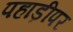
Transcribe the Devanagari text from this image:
पहाड़ीपर